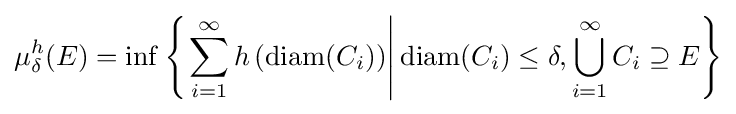
\mu _{\delta }^{h}(E)=\inf \left\{\left.\sum _{i=1}^{\infty }h\left(\mathrm {diam} (C_{i})\right)\right|\mathrm {diam} (C_{i})\leq \delta ,\bigcup _{i=1}^{\infty }C_{i}\supseteq E\right\}